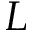
L